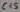
Text: C15